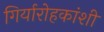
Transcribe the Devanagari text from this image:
गिर्यारोहकांशी